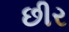
છીર